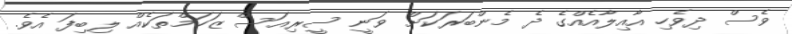
ވެސް ދިވެހި އާއިލާއެއްގެ ދެ މެންބަރަކަށް ވަނީ ސީރިއަސް ޒަހަމްތަކެއް ލިބިފަ އެވެ.